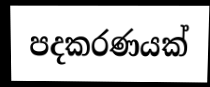
පදකරණයක්